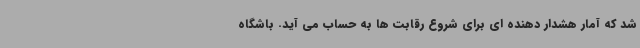
شد که آمار هشدار دهنده ای برای شروع رقابت ها به حساب می آید. باشگاه